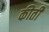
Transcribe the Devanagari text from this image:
कीती